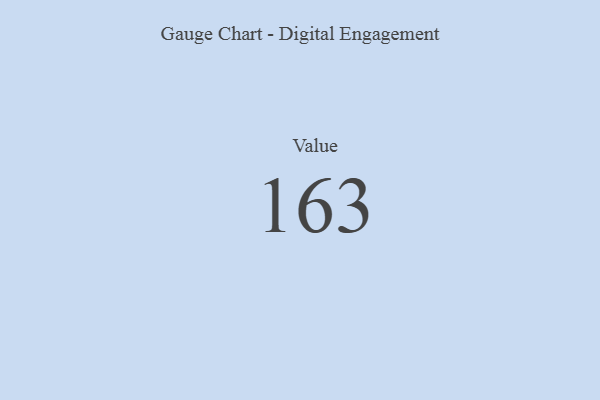
{"axis": {"x": "Metric", "y": "Value"}, "legend": [""], "data": [{"x": "Value", "y": 163, "type": ""}]}